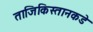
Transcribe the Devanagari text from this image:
ताजिकिस्तानकडे